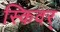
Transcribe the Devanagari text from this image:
स्किवर्